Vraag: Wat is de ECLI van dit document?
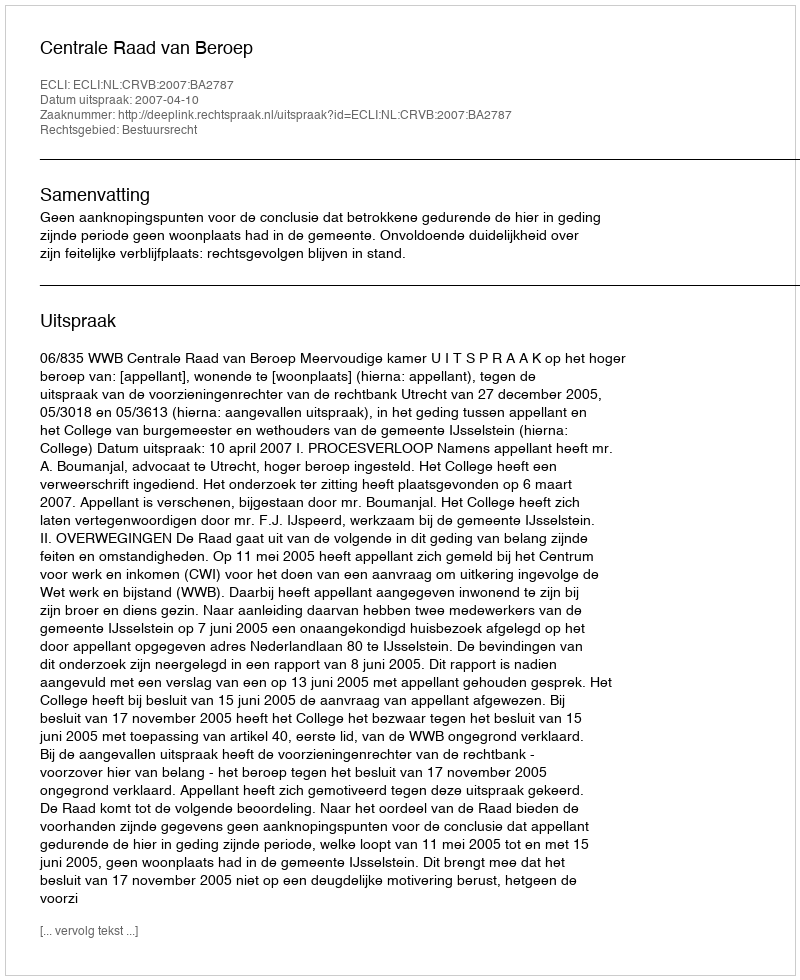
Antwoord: ECLI:NL:CRVB:2007:BA2787